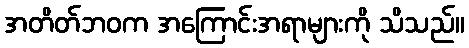
အတိတ်ဘဝက အကြောင်းအရာများကို သိသည်။